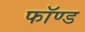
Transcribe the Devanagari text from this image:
फॉण्ड